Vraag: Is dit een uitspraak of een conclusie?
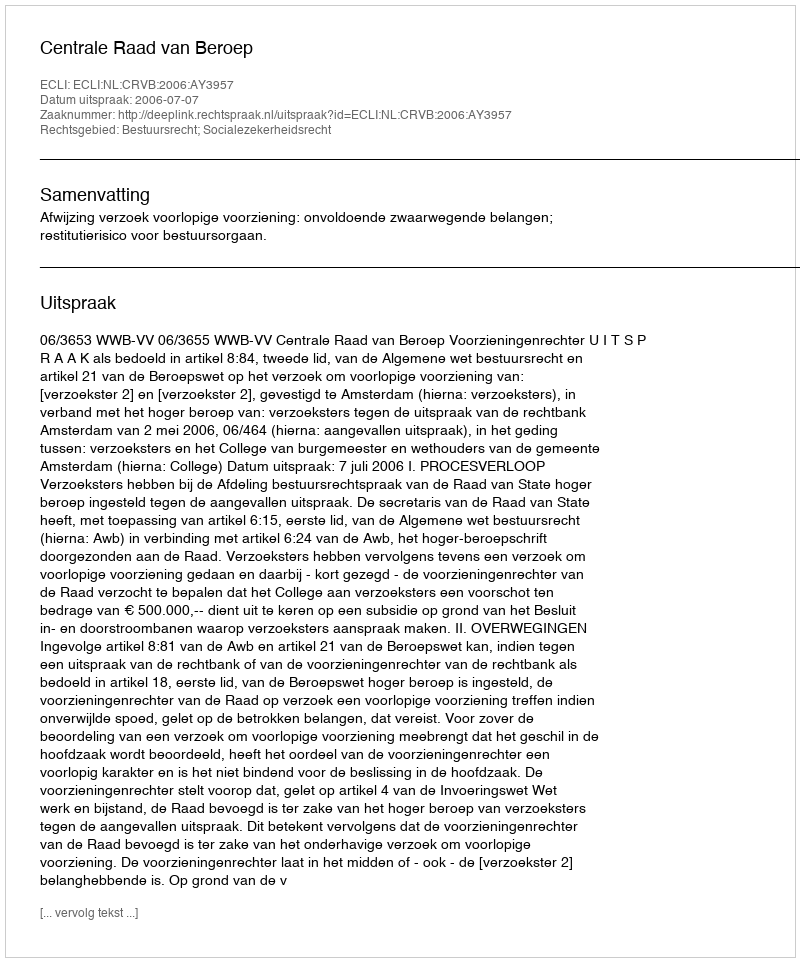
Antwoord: Uitspraak